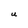
Character: U